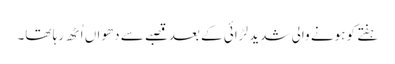
ہفتے کو ہونے والی شدید لڑائی کے بعدقصبے سے دھواں اُٹھ رہا تھا۔